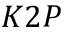
K 2 P